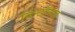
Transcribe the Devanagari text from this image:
विन्टॉनज़